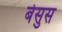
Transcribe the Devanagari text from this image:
बेसुस